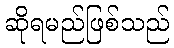
ဆိုရမည်ဖြစ်သည်